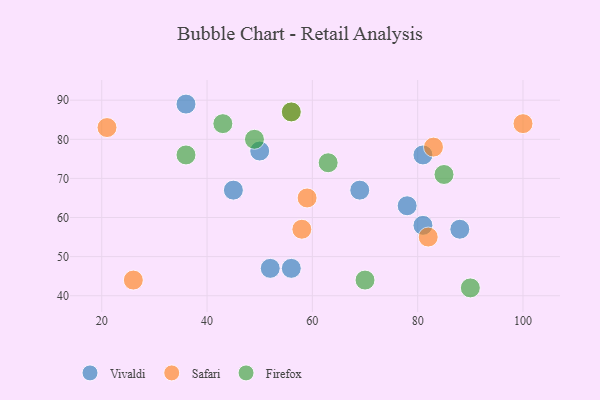
{"axis": {"x": "GDP", "y": "Life Expectancy"}, "legend": ["Firefox", "Safari", "Vivaldi"], "data": [{"x": "36", "y": 89, "type": "Vivaldi"}, {"x": "56", "y": 47, "type": "Vivaldi"}, {"x": "81", "y": 58, "type": "Vivaldi"}, {"x": "81", "y": 76, "type": "Vivaldi"}, {"x": "88", "y": 57, "type": "Vivaldi"}, {"x": "78", "y": 63, "type": "Vivaldi"}, {"x": "45", "y": 67, "type": "Vivaldi"}, {"x": "52", "y": 47, "type": "Vivaldi"}, {"x": "69", "y": 67, "type": "Vivaldi"}, {"x": "50", "y": 77, "type": "Vivaldi"}, {"x": "58", "y": 57, "type": "Safari"}, {"x": "26", "y": 44, "type": "Safari"}, {"x": "100", "y": 84, "type": "Safari"}, {"x": "59", "y": 65, "type": "Safari"}, {"x": "56", "y": 87, "type": "Safari"}, {"x": "21", "y": 83, "type": "Safari"}, {"x": "83", "y": 78, "type": "Safari"}, {"x": "82", "y": 55, "type": "Safari"}, {"x": "90", "y": 42, "type": "Firefox"}, {"x": "36", "y": 76, "type": "Firefox"}, {"x": "63", "y": 74, "type": "Firefox"}, {"x": "85", "y": 71, "type": "Firefox"}, {"x": "43", "y": 84, "type": "Firefox"}, {"x": "56", "y": 87, "type": "Firefox"}, {"x": "49", "y": 80, "type": "Firefox"}, {"x": "70", "y": 44, "type": "Firefox"}]}